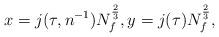
LaTeX: \begin{align*}x=j(\tau,n^{-1})N_{f}^{\frac{2}{3}},y=j(\tau)N_{f}^{\frac{2}{3}},\end{align*}